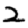
Digit: 2